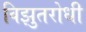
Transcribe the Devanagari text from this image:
विझुतरोधी